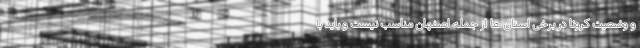
و وضعیت کرونا در برخی استان ها از جمله اصفهان مناسب نیست و باید با